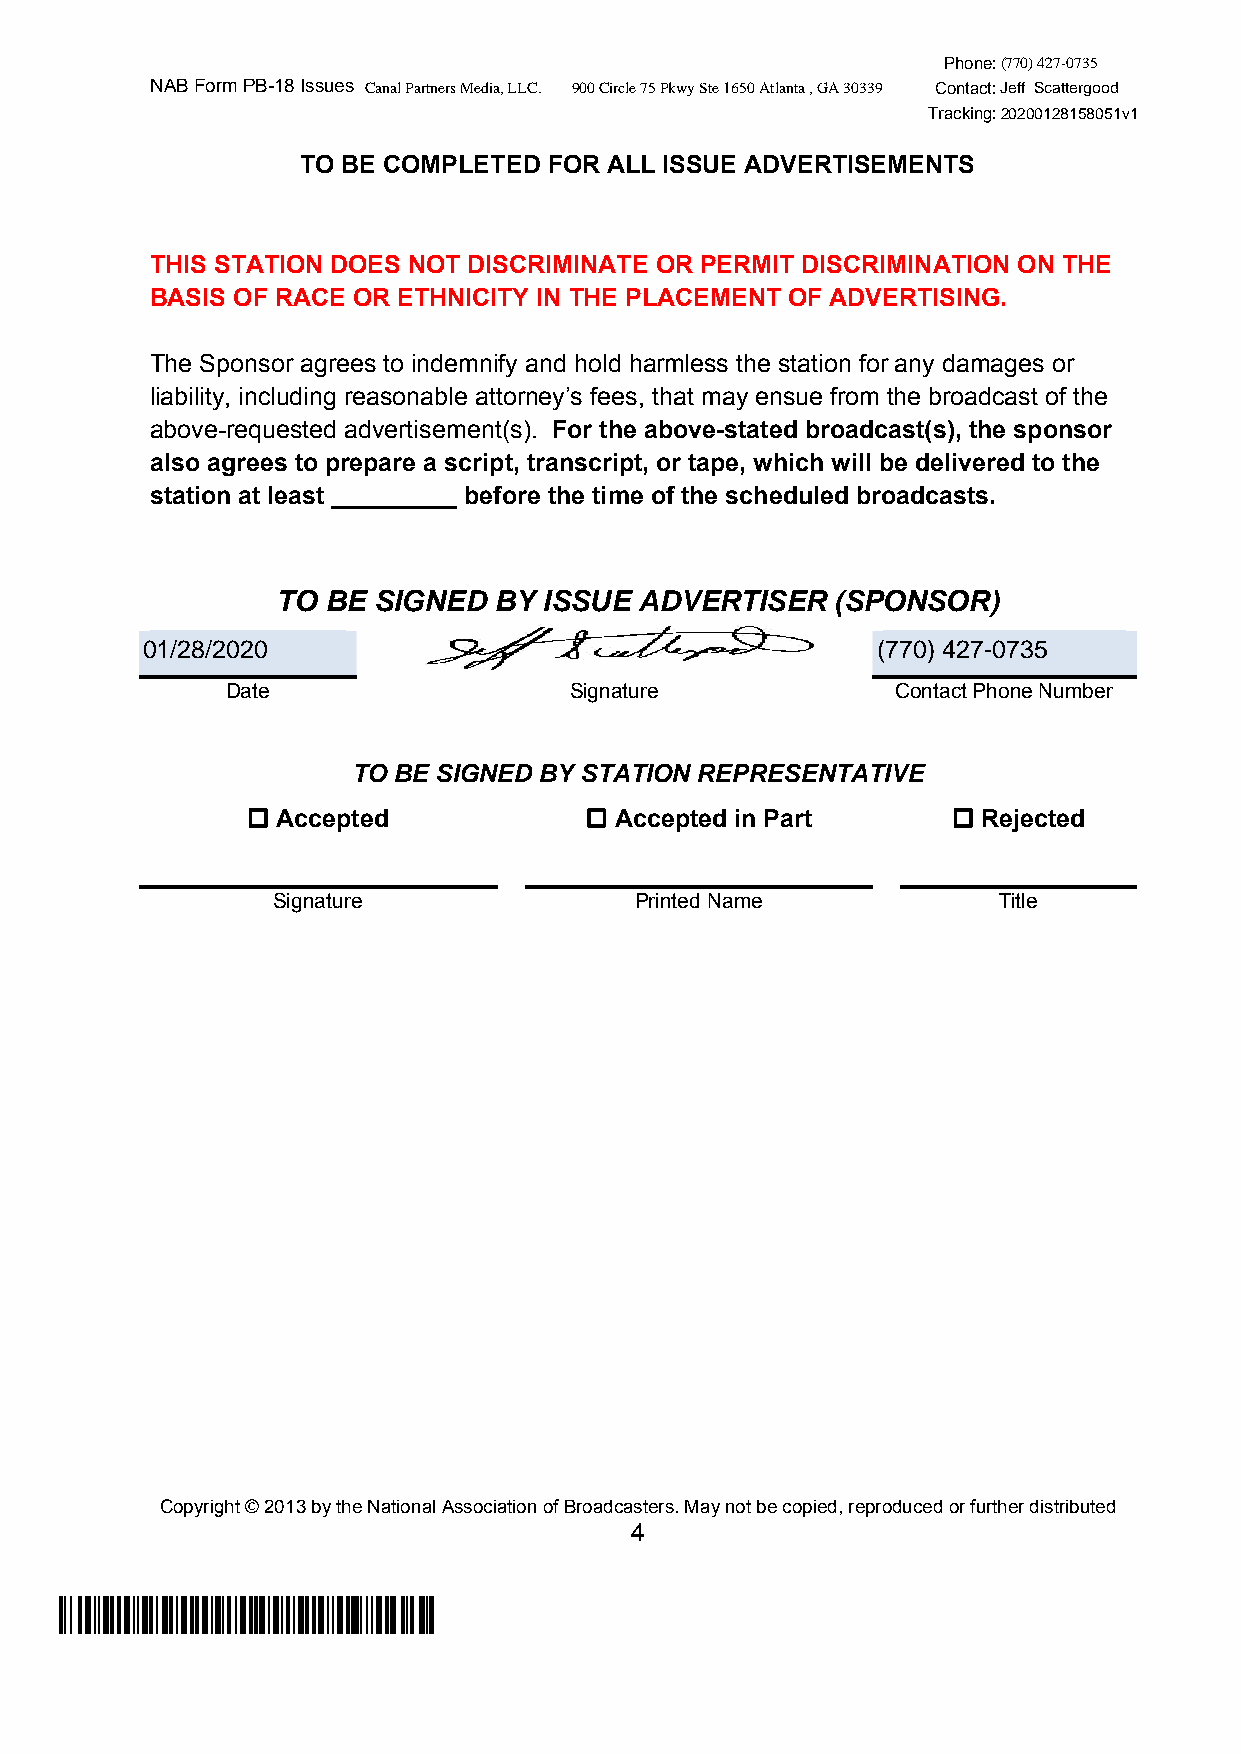
Phone:(770) 427-0735
 NAB Form PB-18 Issues Canal Partners Media, LLC. 900 Circle 75 Pkwy Ste 1650 Atlanta , GA 30339 Contact:Jeff Scattergood
 Tracking:20200128158051v1
 TO BE COMPLETED FOR ALL ISSUE ADVERTISEMENTS
 THIS STATION DOES NOT DISCRIMINATE OR PERMIT DISCRIMINATION ON THE
 BASIS OF RACE OR ETHNICITY IN THE PLACEMENT OF ADVERTISING.
 The Sponsor agrees to indemnify and hold harmless the station for any damages or
 liability, including reasonable attorney’s fees, that may ensue from the broadcast of the
 above-requested advertisement(s). For the above-stated broadcast(s), the sponsor
 also agrees to prepare a script, transcript, or tape, which will be delivered to the
 station at least _________ before the time of the scheduled broadcasts.
 TO  BE SIGNED  BY ISSUE ADVERTISER   (SPONSOR)
 01/28/202 0                                      (770) 427-0 735
 Date                   Signature            Contact Phone Number
 TO BE SIGNED BY STATION REPRESENTATIVE
  Accepted              Accepted in Part       Rejected
 Signature               Printed Name            Title
 Copyright © 2013 by the National Association of Broadcasters. May not be copied, reproduced or further distributed
 4